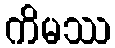
ကိမဿ